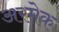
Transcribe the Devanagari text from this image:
अरमेक